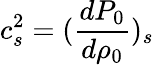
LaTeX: c_{s}^{2}=(\frac{dP_{0}}{d\rho_{0}})_{s}